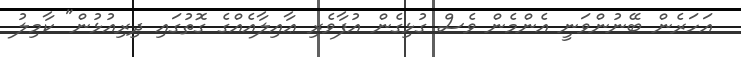
އަހަރެން ބޭނުންވަނީ އެންމެން ވެސް ގުޅިގެން އުފާވެރި ޢާއިލާއެއްގެ ގޮތުގައި ދިރިއުޅުން" ކާމިލު